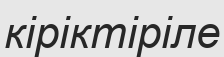
кіріктіріле